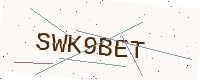
Text: SWK9BET